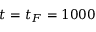
t = t _ { F } = 1 0 0 0